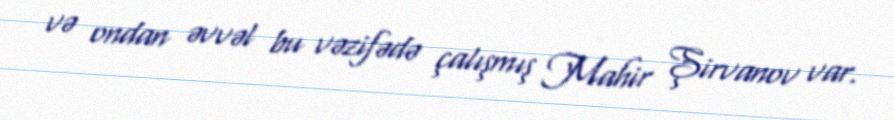
və ondan əvvəl bu vəzifədə çalışmış Mahir Şirvanov var.